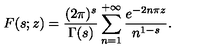
F ( s ; z ) = \frac { ( 2 \pi ) ^ { s } } { \Gamma ( s ) } \sum _ { n = 1 } ^ { + \infty } \frac { e ^ { - 2 n \pi z } } { n ^ { 1 - s } } .